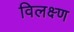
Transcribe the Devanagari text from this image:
विलक्ष्ण